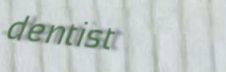
dentist